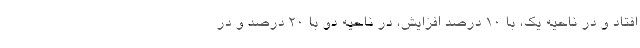
افتاد و در ناحیه یک، با ۱۰ درصد افزایش، در ناحیه دو با ۲۰ درصد و در